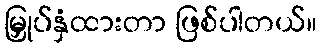
မြှုပ်နှံထားတာ ဖြစ်ပါတယ်။